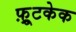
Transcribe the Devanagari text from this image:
फ़्रूटकेक